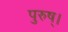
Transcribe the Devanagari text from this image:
पुरुष्।